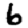
Digit: 6